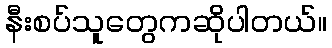
နီးစပ်သူတွေကဆိုပါတယ်။